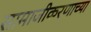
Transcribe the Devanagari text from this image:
सामाजीकरणाच्या